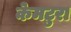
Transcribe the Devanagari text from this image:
केमटुरा